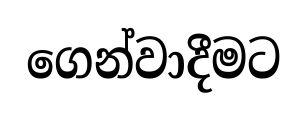
ගෙන්වාදීමට